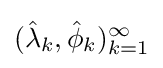
({\hat {\lambda }}_{k},{\hat {\phi }}_{k})_{k=1}^{\infty }